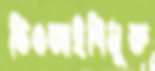
ভিওআইপিমুক্ত